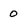
Character: 0